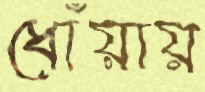
ধোঁয়ায়